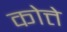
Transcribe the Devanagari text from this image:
कोत्ते